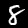
Label: 8